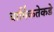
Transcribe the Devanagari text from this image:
धार्मिकतेकडे